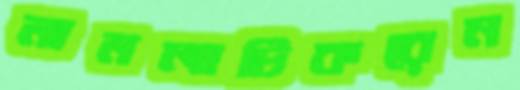
মামলাটিকরেন